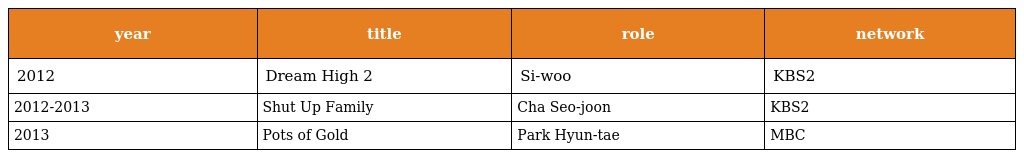
| year | title | role | network |
 | --- | --- | --- | --- |
 | 2012 | Dream High 2 | Si-woo | KBS2 |
 | 2012-2013 | Shut Up Family | Cha Seo-joon | KBS2 |
 | 2013 | Pots of Gold | Park Hyun-tae | MBC |